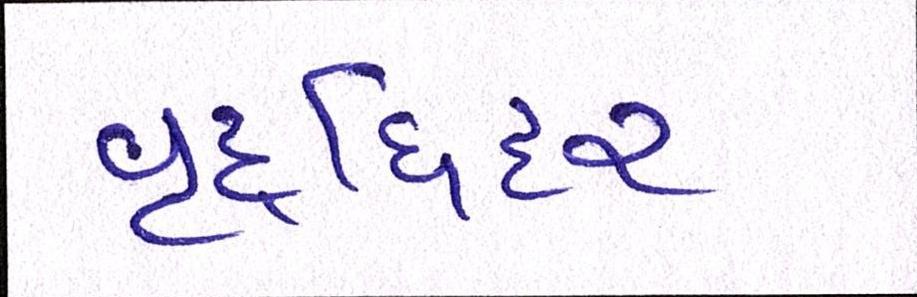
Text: વૃદ્ધિદર